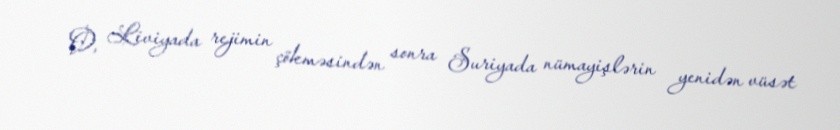
O, Liviyada rejimin çökməsindən sonra Suriyada nümayişlərin yenidən vüsət